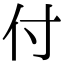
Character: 付